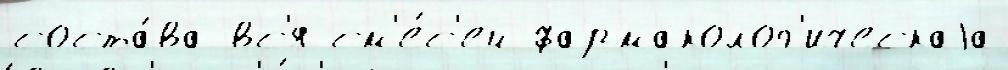
соста́ва вс'я см'е́с'ей фармаколог'ическаjа